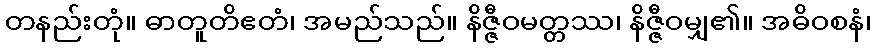
တနည်းတုံ။ ဓာတူတိဧတံ၊ အမည်သည်။ နိဇ္ဇီဝမတ္တဿ၊ နိဇ္ဇီဝမျှ၏။ အဓိဝစနံ၊